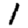
Digit: 1